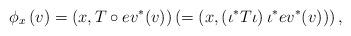
LaTeX: \begin{align*}\phi_x\left(v\right)=\left(x, T\circ ev^{\ast} (v)\right)\left(=\left(x, \left(\iota^{\ast} T \iota\right) \iota^{\ast} ev^{\ast} (v)\right) \right), \end{align*}